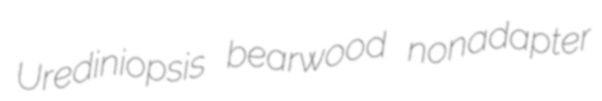
Urediniopsis bearwood nonadapter